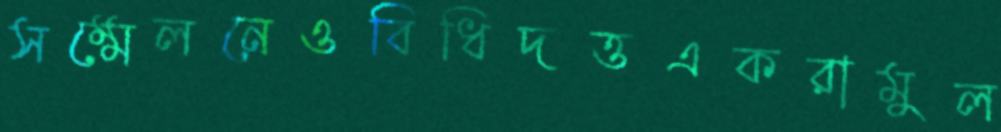
সম্মেলনেওবিধিদত্তএকরামুল